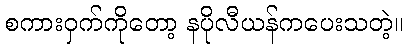
စကားဝှက်ကိုတော့ နပိုလီယန်ကပေးသတဲ့။